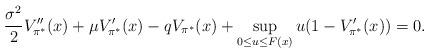
LaTeX: \begin{align*}\frac{\sigma^2}{2}V_{\pi^*}''(x) + \mu V_{\pi^*}'(x) - qV_{\pi^*}(x) + \sup_{0 \leq u \leq F(x)} u(1 - V_{\pi^*}'(x)) = 0.\end{align*}